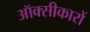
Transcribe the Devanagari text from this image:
ऑक्सीकारों